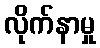
လိုက်နာမှု